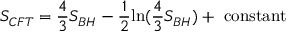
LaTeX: { \cal S } _ { C F T } = \frac { 4 } { 3 } S _ { B H } - \frac { 1 } { 2 } \mathrm { l n } ( \frac { 4 } { 3 } S _ { B H } ) + ~ \mathrm { c o n s t a n t }